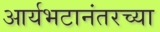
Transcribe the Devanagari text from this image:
आर्यभटानंतरच्या